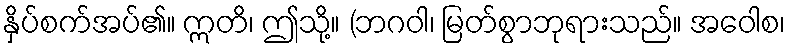
နှိပ်စက်အပ်၏။ ဣတိ၊ ဤသို့။ (ဘဂဝါ၊ မြတ်စွာဘုရားသည်။ အဝေါစ၊